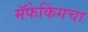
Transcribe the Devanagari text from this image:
मॅफेकिंगचा